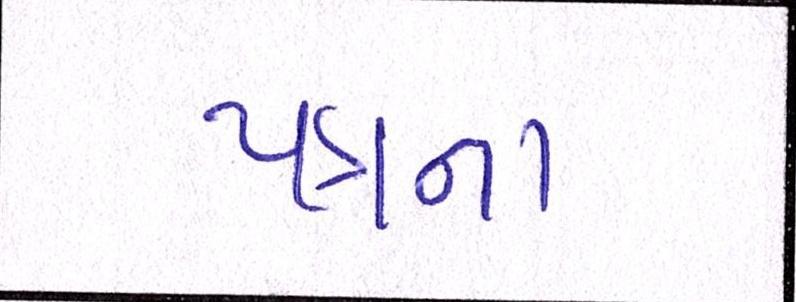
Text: પત્રના